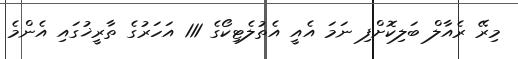
މިރޭ ރެއާލް ބަލިކޮށްފި ނަމަ އެއީ އެތުލެޓިކޯގެ 111 އަހަރުގެ ތާރީޚުގައި އެންމެ